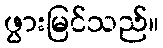
ဖွားမြင်သည်။